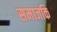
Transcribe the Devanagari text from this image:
समाजकि